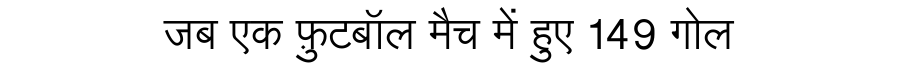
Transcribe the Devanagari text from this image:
जब एक फ़ुटबॉल मैच में हुए 149 गोल